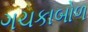
ગચકાબોળ